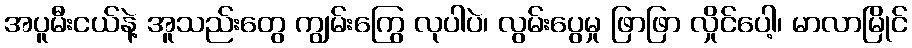
အပူမီးငယ်နဲ့ အူသည်းတွေ ကျွမ်းကြွေ လုပါပဲ၊ လွမ်းပွေမှု ဖြာဖြာ လှိုင်ပေါ့၊ မာလာမြိုင်